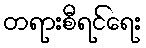
တရားစီရင်ရေး